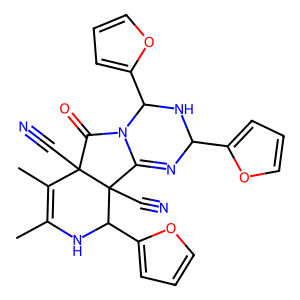
SMILES: CC1=C(C)C2(C#N)C(=O)N3C(=NC(c4ccco4)NC3c3ccco3)C2(C#N)C(c2ccco2)N1
Inhibits HIV replication: No